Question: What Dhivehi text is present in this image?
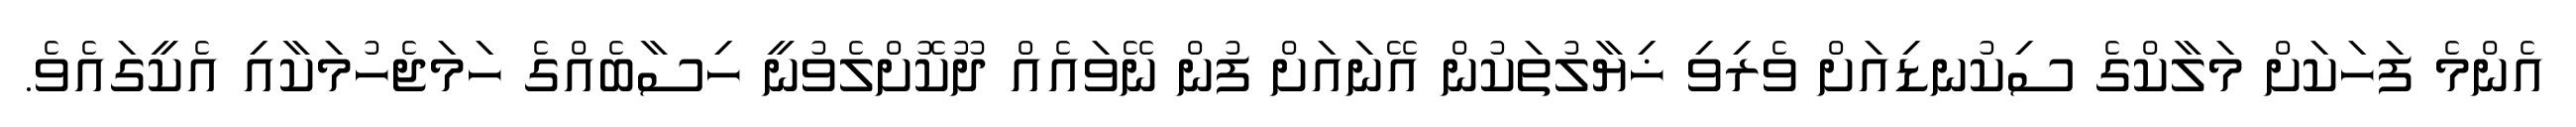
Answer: އެންމެ ފަހަކަށް މަލާކްގެ ސިކުނޑިއަށް ވެރިވި ޚިޔާލުތަކުން އޭނައަށް ފުން ނޭވައެއް ދޫކޮށްލެވުނީ ހިސާބެއްގެ ހަމަޖެހުމަކާއި އެކީގައެވެ.